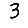
Digit: 3